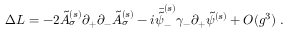
\Delta { \cal L } = - 2 \tilde { A } _ { \sigma } ^ { ( s ) } \partial _ { + } \partial _ { - } \tilde { A } _ { \sigma } ^ { ( s ) } - i \bar { \tilde { \psi } } _ { - } ^ { ( s ) } \gamma _ { - } \partial _ { + } \tilde { \psi } ^ { ( s ) } + { \cal O } ( g ^ { 3 } ) \; .